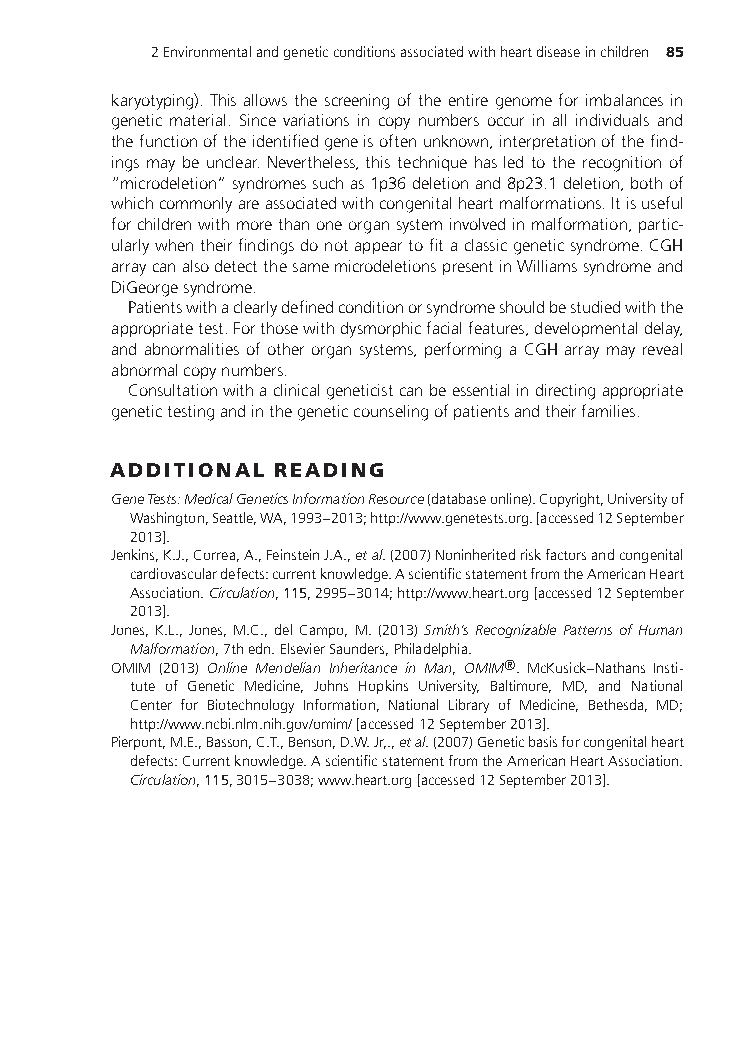
2Environmentalandgeneticconditionsassociatedwithheartdiseaseinchildren 85
 karyotyping). This allows the screening of the entire genome for imbalances in
 genetic material. Since variations in copy numbers occur in all individuals and
 thefunctionoftheidentifiedgeneisoftenunknown,interpretationofthefind-
 ings may be unclear. Nevertheless, this technique has led to the recognition of
 “microdeletion”syndromessuchas1p36deletionand8p23.1deletion,bothof
 whichcommonlyareassociatedwithcongenitalheartmalformations.Itisuseful
 forchildrenwithmorethanoneorgansysteminvolvedinmalformation,partic-
 ularlywhentheirfindingsdonotappeartofitaclassicgeneticsyndrome.CGH
 arraycanalsodetectthesamemicrodeletionspresentinWilliamssyndromeand
 DiGeorgesyndrome.
 Patientswithaclearlydefinedconditionorsyndromeshouldbestudiedwiththe
 appropriatetest.Forthosewithdysmorphicfacialfeatures,developmentaldelay,
 and abnormalities of other organ systems, performing a CGH array may reveal
 abnormalcopynumbers.
 Consultationwithaclinicalgeneticistcanbeessentialindirectingappropriate
 genetictestingandinthegeneticcounselingofpatientsandtheirfamilies.
 ADDITIONAL READING
 GeneTests:MedicalGeneticsInformationResource(databaseonline).Copyright,Universityof
 Washington,Seattle,WA,1993–2013;http://www.genetests.org.[accessed12September
 2013].
 Jenkins,K.J.,Correa,A.,FeinsteinJ.A.,etal.(2007)Noninheritedriskfactorsandcongenital
 cardiovasculardefects:currentknowledge.AscientificstatementfromtheAmericanHeart
 Association.Circulation,115,2995–3014;http://www.heart.org[accessed12September
 2013].
 Jones,K.L.,Jones,M.C.,delCampo,M.(2013)Smith’sRecognizablePatternsofHuman
 Malformation,7thedn.ElsevierSaunders,Philadelphia.
 OMIM (2013) Online Mendelian Inheritance in Man, OMIM®. McKusick–Nathans Insti-
 tute of Genetic Medicine, Johns Hopkins University, Baltimore, MD, and National
 Center for Biotechnology Information, National Library of Medicine, Bethesda, MD;
 http://www.ncbi.nlm.nih.gov/omim/[accessed12September2013].
 Pierpont,M.E.,Basson,C.T.,Benson,D.W.Jr,.,etal.(2007)Geneticbasisforcongenitalheart
 defects:Currentknowledge.AscientificstatementfromtheAmericanHeartAssociation.
 Circulation,115,3015–3038;www.heart.org[accessed12September2013].